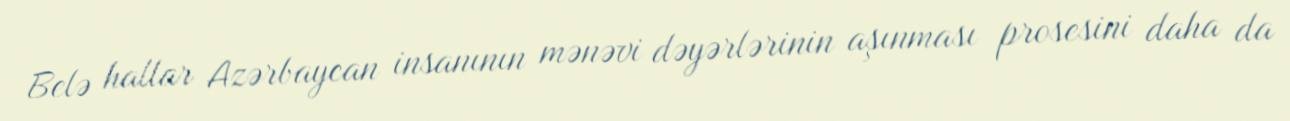
Belə hallar Azərbaycan insanının mənəvi dəyərlərinin aşınması prosesini daha da